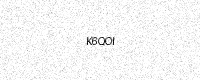
Text: K6QOI